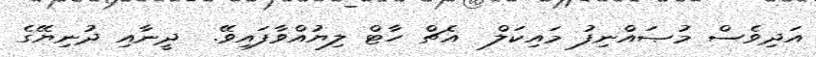
އަދިވެސް މުޞައްނިފު މައިކަލް  އެޗް ހާޓް ލިޔުއްވާފައިވޭ.  ދީނާއި ދުނިޔޭގެ